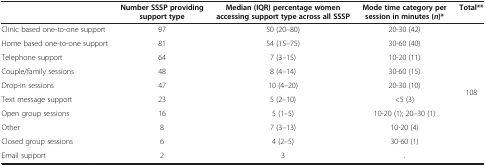
<table><thead><tr><td><b> </b></td><td><b>Number SSSP providing support type</b></td><td><b>Median (IQR) percentage women accessing support type across all SSSP</b></td><td><b>Mode time category per session in minutes ( <i>n </i>)*</b></td><td><b>Total**</b></td></tr></thead><tbody><tr><td>Clinic based one-to-one support</td><td>97</td><td>50 (20–80)</td><td>20-30 (42)</td><td rowspan="10">108</td></tr><tr><td>Home based one-to-one support</td><td>81</td><td>54 (15–75)</td><td>30-60 (40)</td></tr><tr><td>Telephone support</td><td>64</td><td>7 (3–15)</td><td>10-20 (11)</td></tr><tr><td>Couple/family sessions</td><td>48</td><td>8 (4–14)</td><td>30-60 (15)</td></tr><tr><td>Drop-in sessions</td><td>47</td><td>10 (4–20)</td><td>20-30 (10)</td></tr><tr><td>Text message support</td><td>23</td><td>5 (2–10)</td><td>&lt;5 (3)</td></tr><tr><td>Open group sessions</td><td>16</td><td>5 (1–5)</td><td>10-20 (1); 20–30 (1)</td></tr><tr><td>Other</td><td>8</td><td>7 (3–13)</td><td>10-20 (4)</td></tr><tr><td>Closed group sessions</td><td>6</td><td>4 (2–5)</td><td>30-60 (1)</td></tr><tr><td>Email support</td><td>2</td><td>3</td><td>.</td></tr></tbody></table>